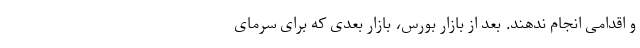
و اقدامی انجام ندهند. بعد از بازار بورس، بازار بعدی که برای سرمای